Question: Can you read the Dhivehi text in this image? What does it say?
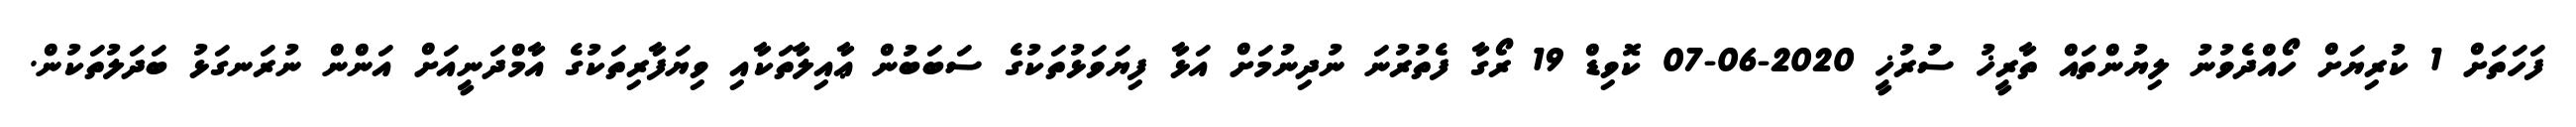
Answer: ފަހަތަށް 1 ކުރިޔަށް ހޯއްދެވުނު ލިޔުންތައް ތާރީޚު ސުރުޚީ 2020-06-07 ކޮވިޑް 19 ރޯގާ ފެތުރުނަ ނުދިނުމަށް އަޅާ ފިޔަވަޅުތަކުގެ ސަބަބުން ޢާއިލާތަކާއި ވިޔަފާރިތަކުގެ އާމްދަނީއަށް އަންން ނުރަނގަޅު ބަދަލުތަކުން.